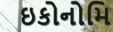
ઇકોનોમિ